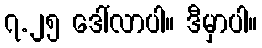
၇.၂၅ ဒေါ်လာပါ။ ဒီမှာပါ။